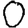
Digit: 0